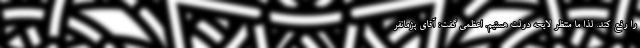
را رفع کند. لذا ما منتظر لایحه دولت هستیم. اعظمی گفت: آقای پژمانفر